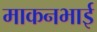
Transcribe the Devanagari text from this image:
माकनभाई